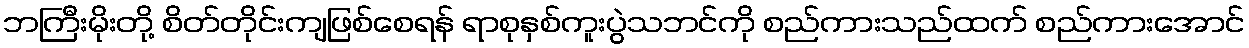
ဘကြီးမိုးတို့ စိတ်တိုင်းကျဖြစ်စေရန် ရာစုနှစ်ကူးပွဲသဘင်ကို စည်ကားသည်ထက် စည်ကားအောင်